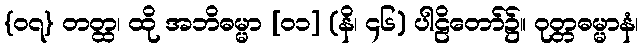
{၀၇} တတ္ထ၊ ထို အဘိဓမ္မာ [၀၁] (နိ၊ ၄၆) ပါဠိတော်၌။ ဝုတ္တဓမ္မာနံ၊